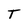
Character: T